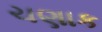
ચણાક